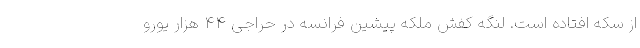
از سکه افتاده است. لنگه کفش ملکه پیشین فرانسه در حراجی ۴۴ هزار یورو